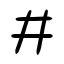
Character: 井